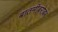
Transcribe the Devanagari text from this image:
बातमीबरोबर